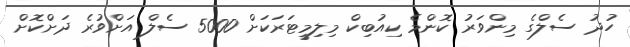
ހުދު ސެލްގެ މިންވަރު ކޮންމެ ކިއުބިކް މިލިމީޓަރަކަށް 5000 ސެލް އަށްވުރެ ދަށްކޮށް